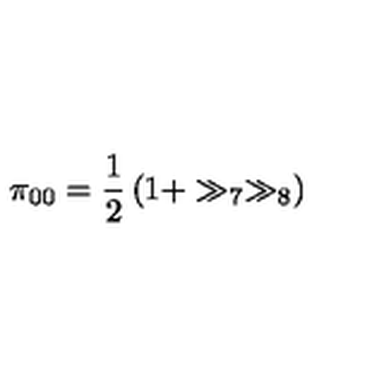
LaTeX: \pi _ { 0 0 } = \frac { 1 } { 2 } \left( 1 + \gg _ { 7 } \gg _ { 8 } \right)